Indian journal of veterinary science and animal husbandry - Volume 14,
Year: 1944
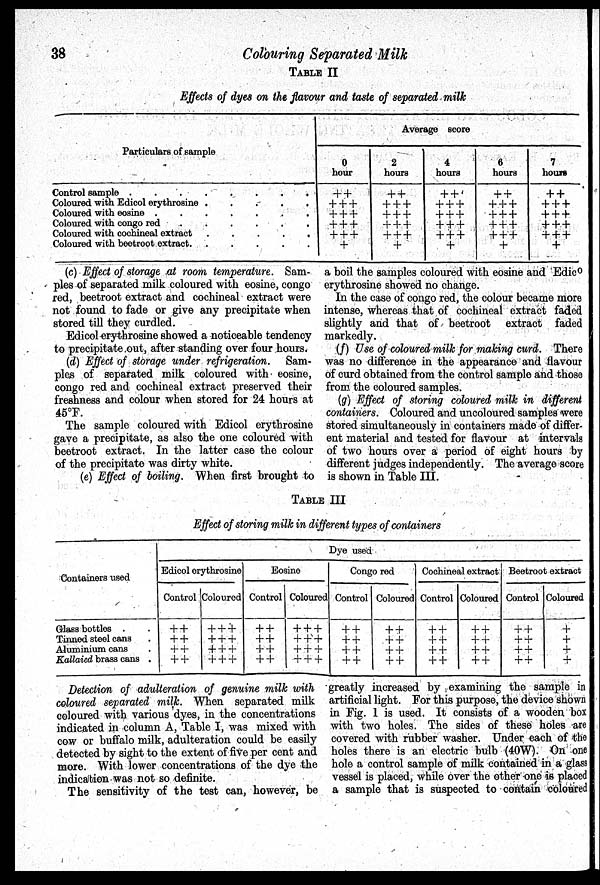
38
Colouring Separated Milk
TABLE II
Effects of dyes on the flavour and taste of separated milk
Particulars of sample
Control sample . . . . . . . .
Coloured with Edicol erythrosine . . . . . .
Coloured with eosine
.
.
.
.
.
.
.
Coloured with congo red
.
.
.
.
.
.
Coloured with cochineal extract . . . . .
Coloured with beetroot extract. . . . . .
Average score
0
hour
+ +
+ + +
+ + +
+ + +
+ + +
+
2
hours
+ +
+ + +
+ + +
+ + +
+ + +
+
4
hours
+ +
+ + +
+ + +
+ + +
+ + +
+
6
hours
+ +
+ + +
+ + +
+ + +
+ + +
+
7
hours
+ +
+ + +
+ + +
+ + +
+ + +
+
(c) Effect of storage at room temperature. Sam-
ples of separated milk coloured with eosine, congo
red, beetroot extract and cochineal extract were
not found to fade or give any precipitate when
stored till they curdled.
Edicol erythrosine showed a noticeable tendency
to precipitate out, after standing over four hours.
(d) Effect of storage under refrigeration. Sam-
ples of separated milk coloured with eosine,
congo red and cochineal extract preserved their
freshness and colour when stored for 24 hours at
45°F.
The sample coloured with Edicol erythrosine
gave a precipitate, as also the one coloured with
beetroot extract. In the latter case the colour
of the precipitate was dirty white.
(e) Effect of boiling. When first brought to
a boil the samples coloured with eosine and Edic°
erythrosine showed no change.
In the case of congo red, the colour became more
intense, whereas that of cochineal extract faded
slightly and that of beetroot extract faded
markedly.
(f) Use of coloured milk for making curd. There
was no difference in the appearance and flavour
of curd obtained from the control sample and those
from the coloured samples.
(g) Effect of storing coloured milk in different
containers. Coloured and uncoloured samples were
stored simultaneously in containers made of differ-
ent material and tested for flavour at intervals
of two hours over a period of eight hours by
different judges independently. The average score
is shown in Table III.
TABLE III
Effect of storing milk in different types of containers
Containers used
Glass bottles . .
Tinned steel cans .
Aluminium cans .
Kallaied brass cans .
Dye used
Edicol erythrosine
Control
+ +
+ +
+ +
+ +
Coloured
+ + +
+ + +
+ + +
+ + +
Eosine
Control
+ +
+ +
+ +
+ +
Coloured
+ + +
+ + +
+ + +
+ + +
Congo red
Control
+ +
+ +
+ +
+ +
Coloured
+ +
+ +
+ +
+ +
Cochineal extract
Control
+ +
+ +
+ +
+ +
Coloured
+ +
+ +
+ +
+ +
Beetroot extract
Control
+ +
+ +
+ +
+ +
Coloured
+
+
+
+
Detection of adulteration of genuine milk with
coloured separated milk. When separated milk
coloured with various dyes, in the concentrations
indicated in column A, Table I, was mixed with
cow or buffalo milk, adulteration could be easily
detected by sight to the extent of five per cent and
more. With lower concentrations of the dye the
indication was not so definite.
The sensitivity of the test can, however, be
greatly increased by examining the sample in
artificial light. For this purpose, the device shown
in Fig. 1 is used. It consists of a wooden box
with two holes. The sides of these holes are
covered with rubber washer. Under each of the
holes there is an electric bulb (40W). On one
hole a control sample of milk contained in a glass
vessel is placed, while over the other one is placed
a sample that is suspected to contain coloured